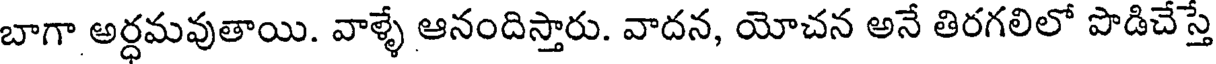
బాగా అర్ధమవుతాయి. వాళ్ళే ఆనందిస్తారు. వాదన, యోచన అనే తిరగలిలో పొడిచేస్తే